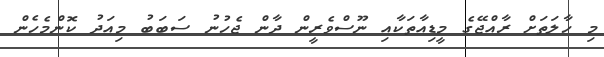
މި ހާލަތަށް ރާއްޖޭގެ މީޑިއާތަކާއި ނޫސްވެރީން ދާން ޖެހުނު ސަބަބު މިއަދު ކޮންމެހެން